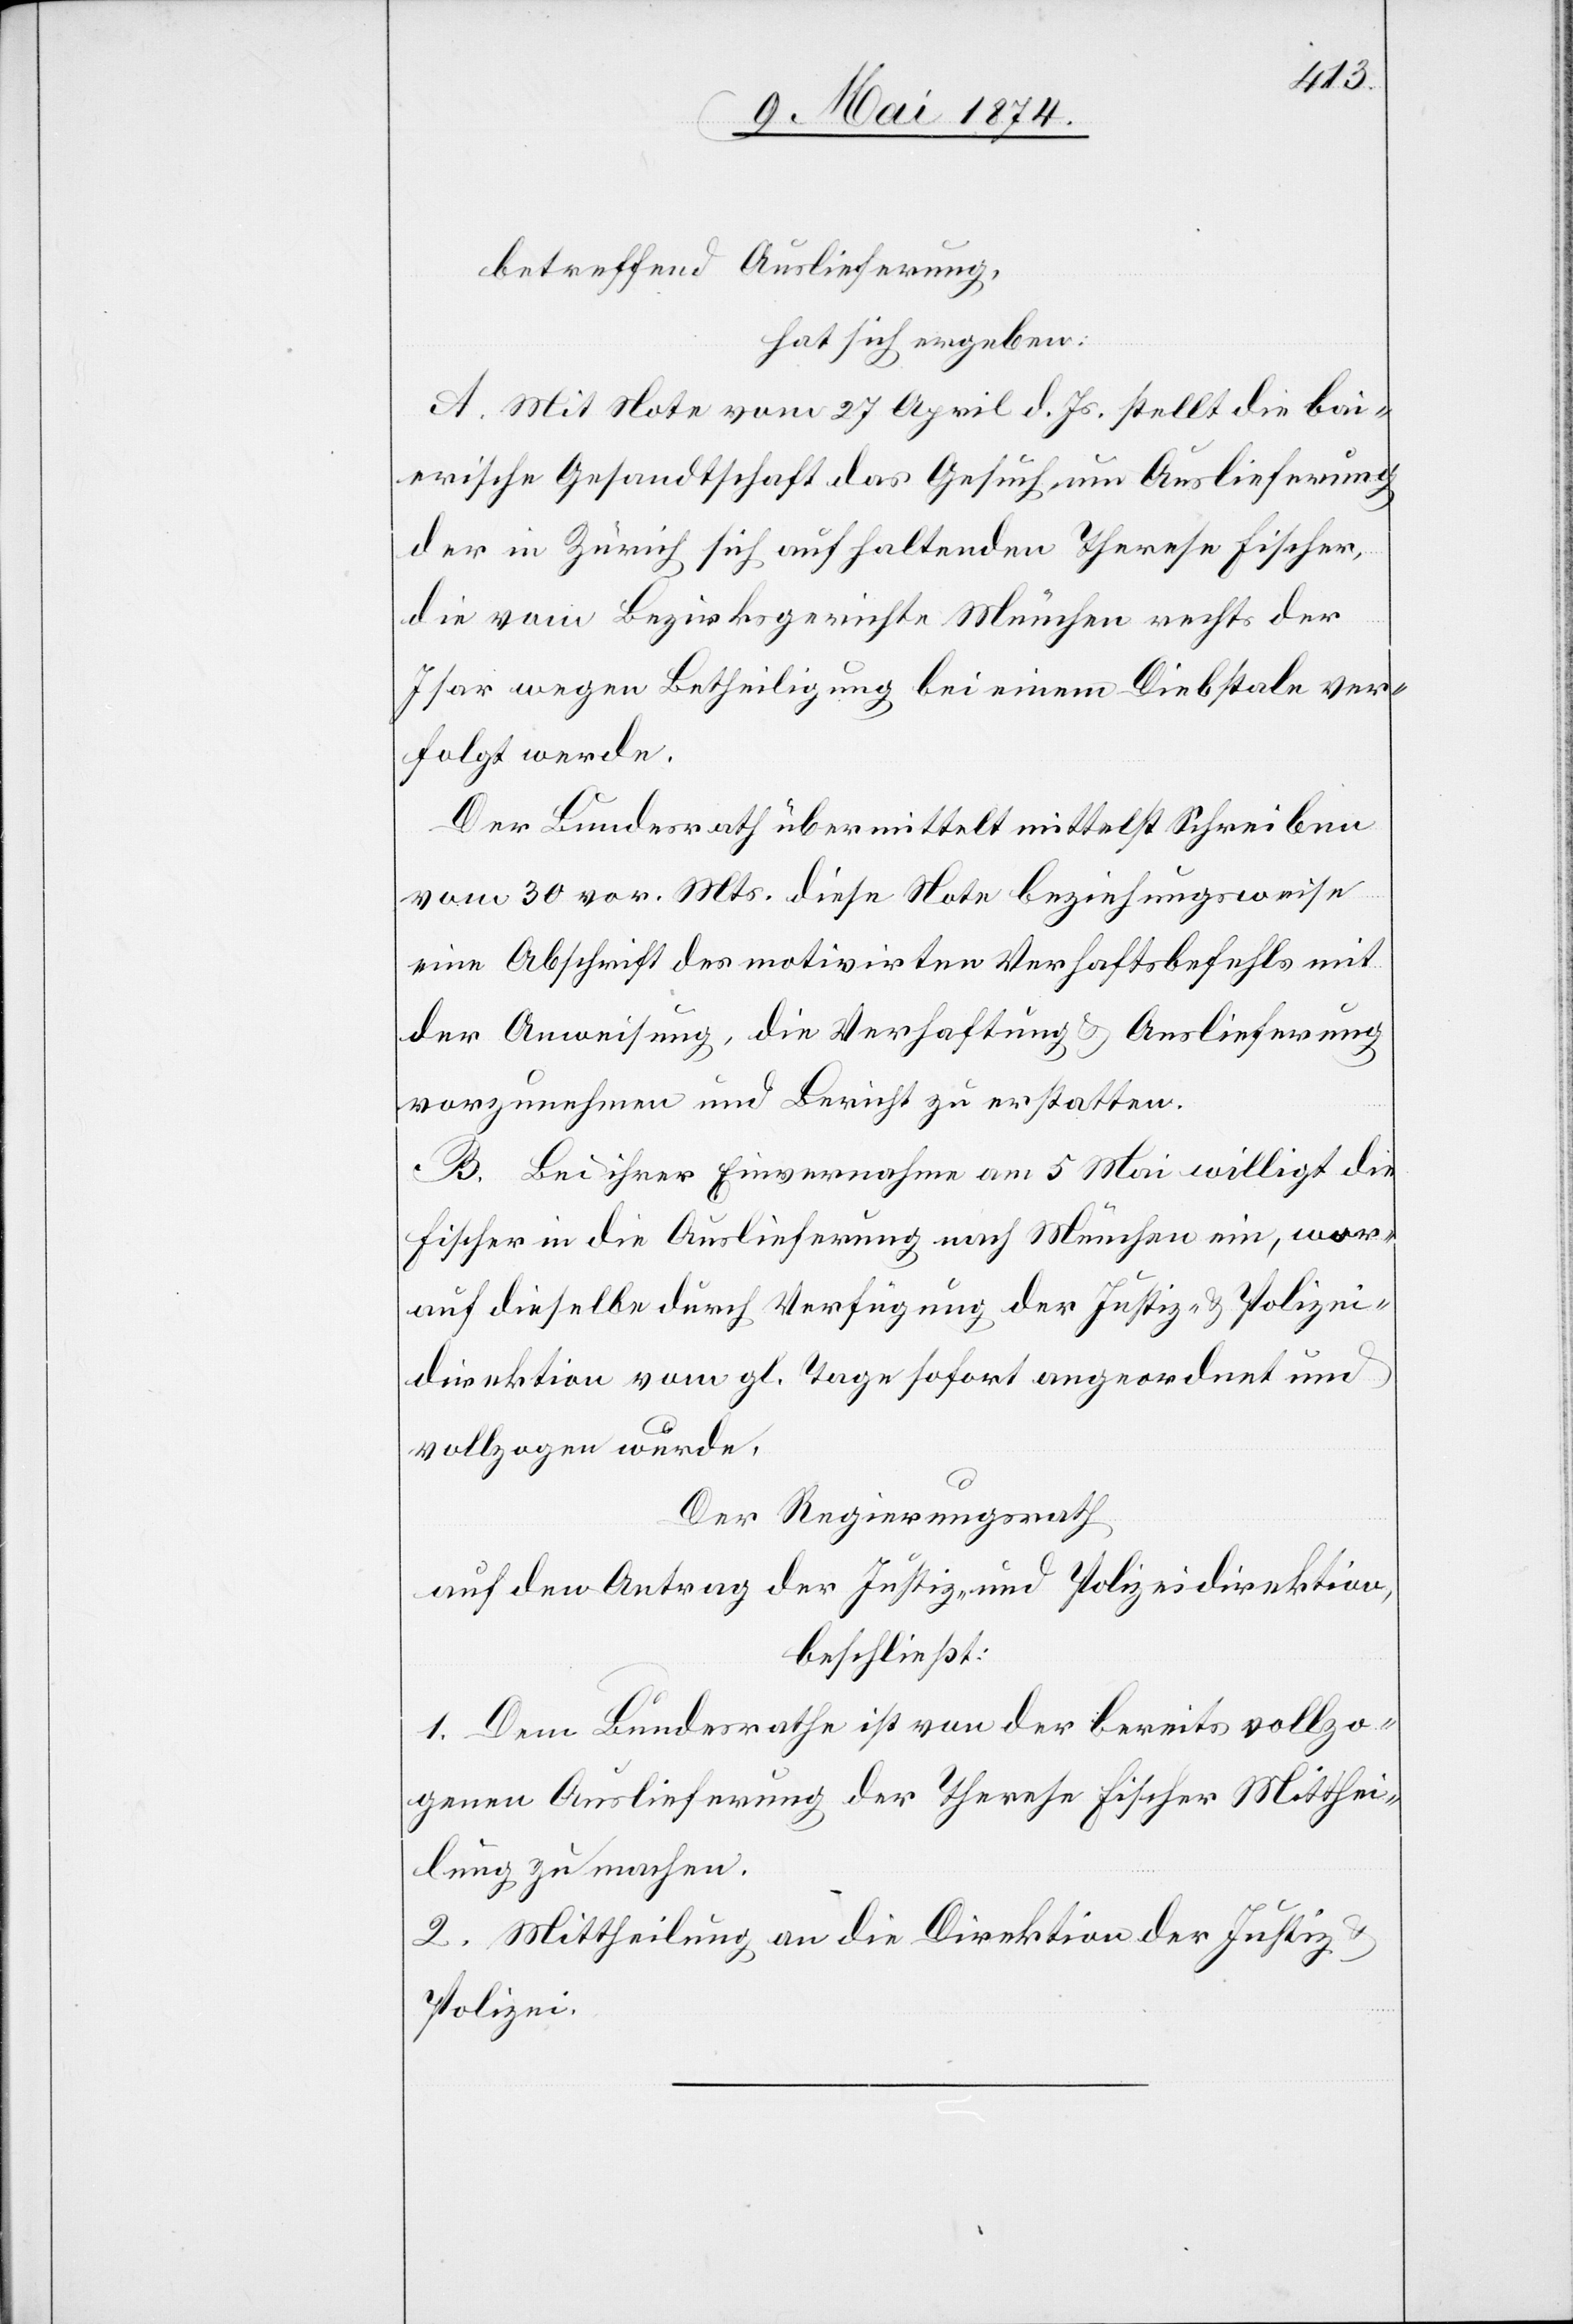
betreffend Auslieferung,
hat sich ergeben:
A. Mit Note vom 27. April d. Js. stellt die bai¬
erische Gesandtschaft das Gesuch um Auslieferung
der in Zürich sich aufhaltenden Theresa Fischer,
die vom Bezirksgerichte München rechts der
Isar wegen Betheiligung bei einem Diebstale ver¬
folgt werde.
Der Bundesrath übermittelt mittelst Schreiben
vom 30. vor. Mts. diese Note beziehungsweise
eine Abschrift des motivirten Verhaftsbefehls mit
der Anweisung, die Verhaftung u. Auslieferung
vorzunehmen und Bericht zu erstatten.
B. Bei ihrer Einvernahme am 5. Mai willigt die
Fischer in die Auslieferung nach München ein, wor¬
auf dieselbe durch Verfügung der Justiz- u. Polizei¬
direktion vom gl. T. sofort angeordnet und
vollzogen wurde.
Der Regierungsrath,
auf den Antrag der Justiz- und Polizeidirektion,
beschließt:
1. Dem Bundesrathe ist von der bereits vollzo¬
genen Auslieferung der Theresa Fischer Mitthei¬
lung zu machen.
2. Mittheilung an die Direktion der Justiz- u.
Polizei.